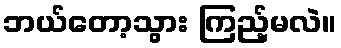
ဘယ်တော့သွား ကြည့်မလဲ။